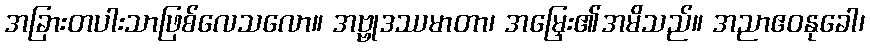
အခြားတပါးသာဖြစ်လေသလော။ အဗ္ဗုဒဿမာတာ၊ အမြှေး၏အမိသည်။ အညာဧဝနုခေါ၊